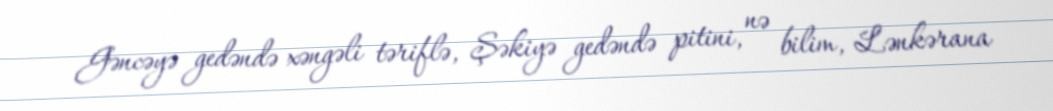
Gəncəyə gedəndə xəngəli təriflə, Şəkiyə gedəndə pitini, nə bilim, Lənkərana